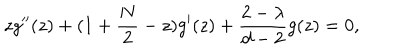
z g ^ { \prime \prime } ( z ) + ( 1 + \frac { N } { 2 } - z ) g ^ { \prime } ( z ) + \frac { 2 - \lambda } { d - 2 } g ( z ) = 0 ,